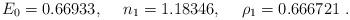
LaTeX: \begin{align*}E_0 = 0.66933, \hspace{.2in} n_1=1.18346, \hspace{.2in} \rho_1 = 0.666721~.\end{align*}